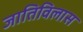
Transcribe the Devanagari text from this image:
जातिविलास